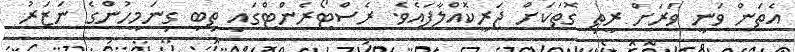
އެތަން ވަނީ ވަރަށް ރީތި ގޮތަކަށް ޖަރީކޮއްލާފައެވެ. ރެސްޓޯރެންޓްގައި ތިބި ގިނަމީހުންގެ ނަޒަރު